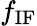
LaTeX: f_{\mathrm{IF}}